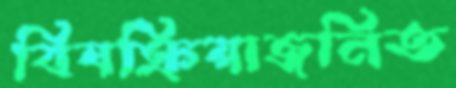
বিষক্রিয়াজনিত